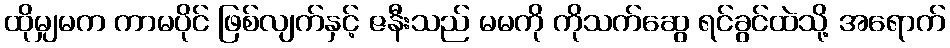
ထိုမျှမက ကာမပိုင် ဖြစ်လျက်နှင့် ဇနီးသည် မမကို ကိုသက်ဆွေ ရင်ခွင်ထဲသို့ အရောက်